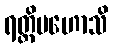
ရတ္တိမဟောသိ